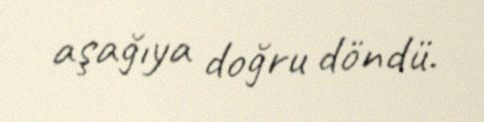
aşağıya doğru döndü.